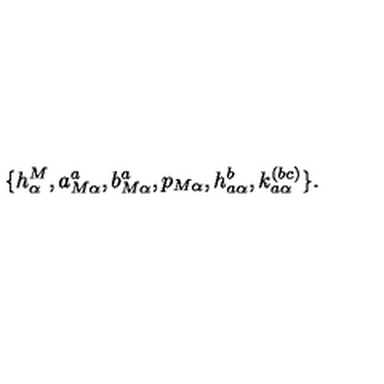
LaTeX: \{ h _ { \alpha } ^ { M } , a _ { M \alpha } ^ { a } , b _ { M \alpha } ^ { a } , p _ { M \alpha } , h _ { a \alpha } ^ { b } , k _ { a \alpha } ^ { ( b c ) } \} .